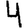
Digit: 4